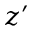
z ^ { \prime }